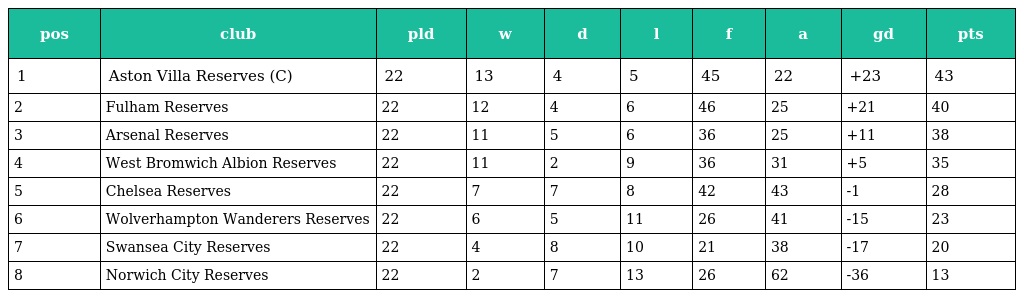
| pos | club | pld | w | d | l | f | a | gd | pts |
 | --- | --- | --- | --- | --- | --- | --- | --- | --- | --- |
 | 1 | Aston Villa Reserves (C) | 22 | 13 | 4 | 5 | 45 | 22 | +23 | 43 |
 | 2 | Fulham Reserves | 22 | 12 | 4 | 6 | 46 | 25 | +21 | 40 |
 | 3 | Arsenal Reserves | 22 | 11 | 5 | 6 | 36 | 25 | +11 | 38 |
 | 4 | West Bromwich Albion Reserves | 22 | 11 | 2 | 9 | 36 | 31 | +5 | 35 |
 | 5 | Chelsea Reserves | 22 | 7 | 7 | 8 | 42 | 43 | -1 | 28 |
 | 6 | Wolverhampton Wanderers Reserves | 22 | 6 | 5 | 11 | 26 | 41 | -15 | 23 |
 | 7 | Swansea City Reserves | 22 | 4 | 8 | 10 | 21 | 38 | -17 | 20 |
 | 8 | Norwich City Reserves | 22 | 2 | 7 | 13 | 26 | 62 | -36 | 13 |